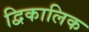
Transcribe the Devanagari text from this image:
द्विकालिक